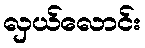
လှယ်လောင်း